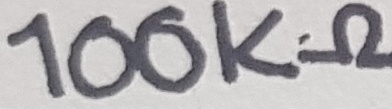
Text: 100KΩ